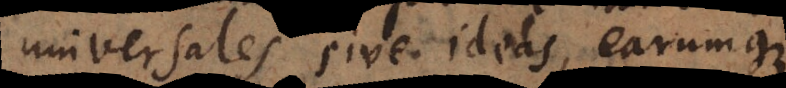
universales sive ideas, earumque